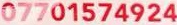
07701574924